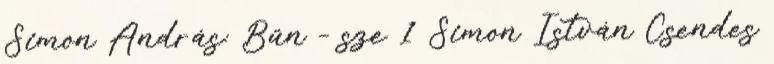
Simon András: Bűn – sze 1 Simon István Csendes